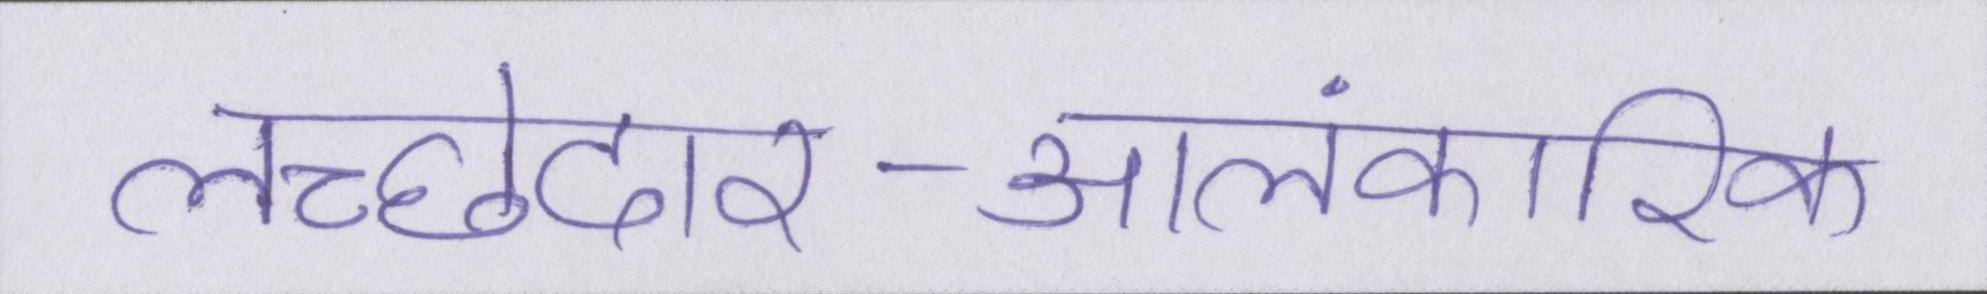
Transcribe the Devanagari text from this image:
लच्छेदार-आलंकारिक